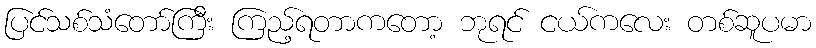
ပြင်သစ်သံတော်ကြီး ကြည့်ရတာကတော့ ဘုရင် ငယ်ကလေး တစ်ဆူပမာ